Indian journal of veterinary science and animal husbandry - Volume 11,
Year: 1941
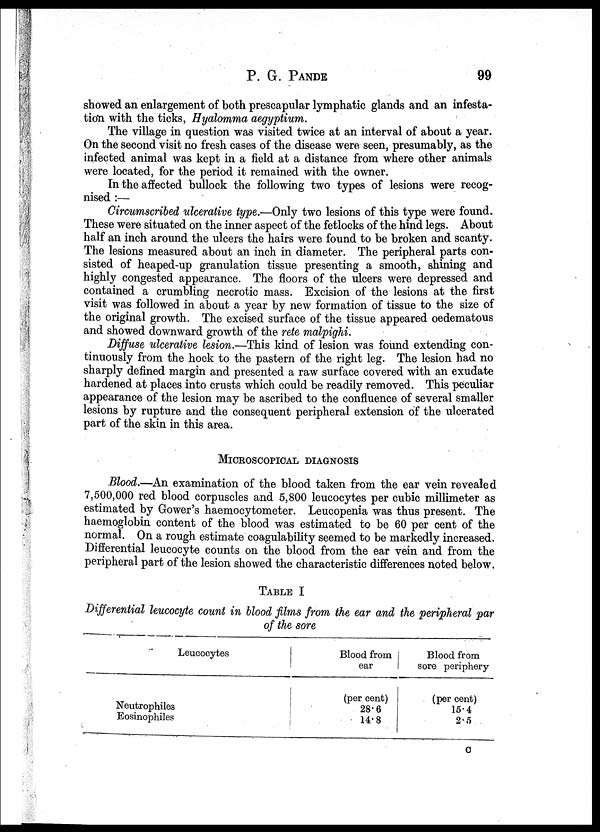
P. G.
PANDE
99
showed an enlargement of both prescapular lymphatic glands and an infesta-
tion with the ticks, Hyalomma aegyptium.
The village in question was visited twice at an interval of about a year.
On the second visit no fresh cases of the disease were seen, presumably, as the
infected animal was kept in a field at a distance from where other animals
were located, for the period it remained with the owner.
In the affected bullock the following two types of lesions were recog-
nised :—
Circumscribed ulcerative type.—Only two lesions of this type were found.
These were situated on the inner aspect of the fetlocks of the hind legs. About
half an inch around the ulcers the hairs were found to be broken and scanty.
The lesions measured about an inch in diameter. The peripheral parts con-
sisted of heaped-up granulation tissue presenting a smooth, shining and
highly congested appearance. The floors of the ulcers were depressed and
contained a crumbling necrotic mass. Excision of the lesions at the first
visit was followed in about a year by new formation of tissue to the size of
the original growth. The excised surface of the tissue appeared oedematous
and showed downward growth of the rete malpighi.
Diffuse ulcerative lesion.—This kind of lesion was found extending con-
tinuously from the hock to the pastern of the right leg. The lesion had no
sharply defined margin and presented a raw surface covered with an exudate
hardened at places into crusts which could be readily removed. This peculiar
appearance of the lesion may be ascribed to the confluence of several smaller
lesions by rupture and the consequent peripheral extension of the ulcerated
part of the skin in this area.
MICROSCOPICAL DIAGNOSIS
Blood.—An examination of the blood taken from the ear vein revealed
7,500,000 red blood corpuscles and 5,800 leucocytes per cubic millimeter as
estimated by Gower's haemocytometer. Leucopenia was thus present. The
haemoglobin content of the blood was estimated to be 60 per cent of the
normal. On a rough estimate coagulability seemed to be markedly increased.
Differential leucocyte counts on the blood from the ear vein and from the
peripheral part of the lesion showed the characteristic differences noted below.
TABLE I
Differential leucocyte count in blood films from the ear and the peripheral par
of the sore
Leucocytes
Neutrophiles
Eosinophiles
Blood from
ear
(per cent)
28.6
14.8
Blood from
sore periphery
(per cent)
15.4
2.5
C